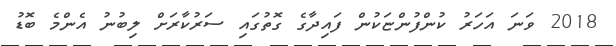
2018 ވަނަ އަހަރު ކުންފުންޏަކުން ފައިދާގެ ގޮތުގައި ސަރުކާރަށް ލިބުނު އެންމެ ބޮޑު